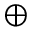
\oplus